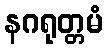
နဂရုတ္တမံ